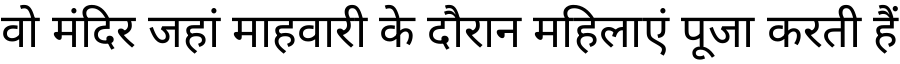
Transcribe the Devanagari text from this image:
वो मंदिर जहां माहवारी के दौरान महिलाएं पूजा करती हैं